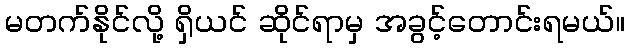
မတက်နိုင်လို့ ရှိယင် ဆိုင်ရာမှ အခွင့်တောင်းရမယ်။